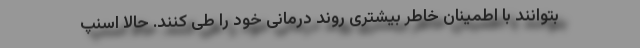
بتوانند با اطمینان خاطر بیشتری روند درمانی خود را طی کنند. حالا اسنپ